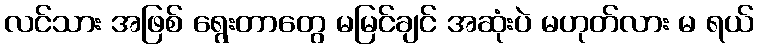
လင်သား အဖြစ် ရွေးတာတွေ မမြင်ချင် အဆုံးပဲ မဟုတ်လား မ ရယ်